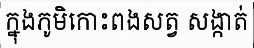
ក្នុងភូមិកោះពងសត្វ សង្កាត់